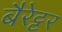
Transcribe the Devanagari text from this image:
बैरेट्टर